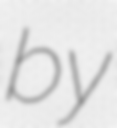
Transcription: by